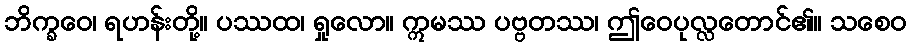
ဘိက္ခဝေ၊ ရဟန်းတို့။ ပဿထ၊ ရှုလော။ ဣမဿ ပဗ္ဗတဿ၊ ဤဝေပုလ္လတောင်၏။ သစေဝ